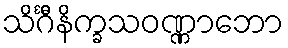
သိင်္ဂီနိက္ခသဝဏ္ဏာဘော